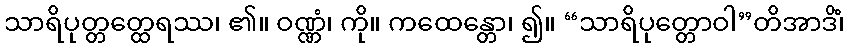
သာရိပုတ္တတ္ထေရဿ၊ ၏။ ဝဏ္ဏံ၊ ကို။ ကထေန္တော၊ ၍။ “သာရိပုတ္တောဝါ”တိအာဒိံ၊